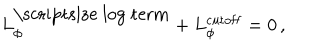
L _ { \phi } ^ { \mathrm { \scriptsize ~ l o g ~ t e r m } } + L _ { \phi } ^ { \mathrm { c u t o f f } } = 0 \, ,